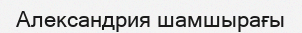
Александрия шамшырағы